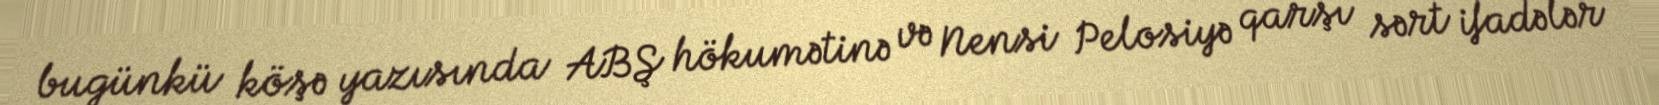
bugünkü köşə yazısında ABŞ hökumətinə və Nensi Pelosiyə qarşı sərt ifadələr